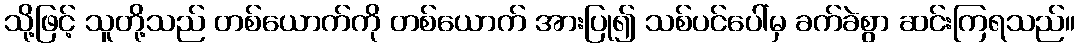
သို့ဖြင့် သူတို့သည် တစ်ယောက်ကို တစ်ယောက် အားပြု၍ သစ်ပင်ပေါ်မှ ခက်ခဲစွာ ဆင်းကြရသည်။